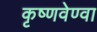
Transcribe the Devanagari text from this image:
कृष्णवेण्वा